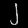
Digit: ၂